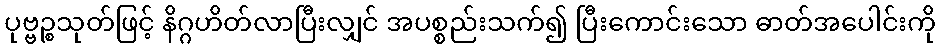
ပုဗ္ဗဉ္စသုတ်ဖြင့် နိဂ္ဂဟိတ်လာပြီးလျှင် အပစ္စည်းသက်၍ ပြီးကောင်းသော ဓာတ်အပေါင်းကို